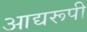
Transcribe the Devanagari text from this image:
आद्यरूपी